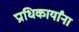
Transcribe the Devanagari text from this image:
प्राधिकार्यांना